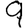
Digit: 9